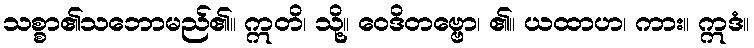
သစ္စာ၏သဘောမည်၏။ ဣတိ၊ သို့။ ဝေဒိတဗ္ဗော၊ ၏။ ယထာဟ၊ ကား။ ဣဒံ။